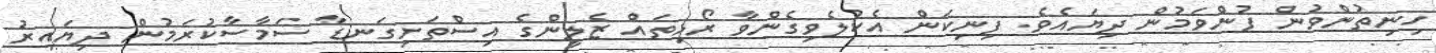
ހިނިތުންވުން ފުންވަމުން ދިޔައެވެ. ފިނިކަން އެކުލެވިގެންވާ ރޯޅިތައް ޒެލީންގެ އިސްތަށިގަނޑާ ސަމާސާކުރަމުން ދިޔައިރު